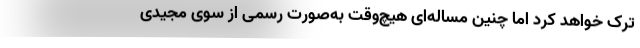
ترک خواهد کرد اما چنین مساله‌ای هیچ‌وقت به‌صورت رسمی از سوی مجیدی